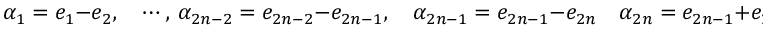
\alpha _ { 1 } = e _ { 1 } - e _ { 2 } , \quad \cdots , \ \alpha _ { 2 n - 2 } = e _ { 2 n - 2 } - e _ { 2 n - 1 } , \quad \alpha _ { 2 n - 1 } = e _ { 2 n - 1 } - e _ { 2 n } \quad \alpha _ { 2 n } = e _ { 2 n - 1 } + e _ { 2 n }